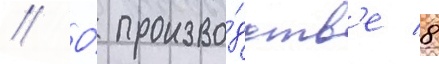
// О́ произво́дств'е 8